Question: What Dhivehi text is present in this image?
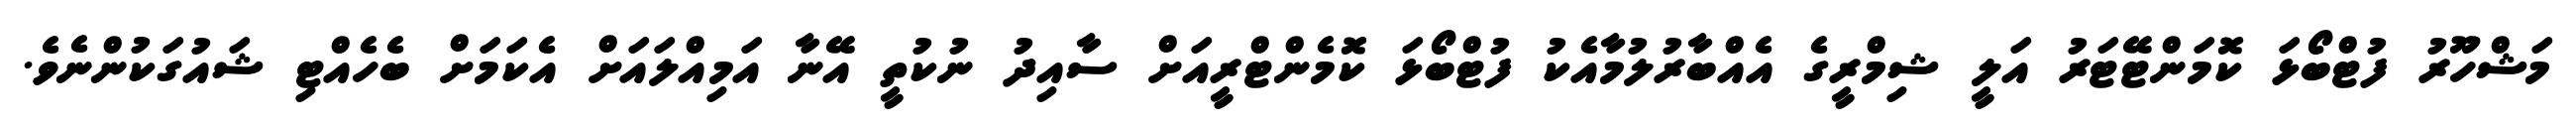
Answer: މަޝްހޫރު ފުޓްބޯޅަ ކޮމަންޓޭޓަރު އަލީ ޝިމްރީގެ އެއްބާރުލުމާއެކު ފުޓްބޯޅަ ކޮމެންޓްރީއަށް ސާއިދު ނުކުތީ އޭނާ އަމިއްލައަށް އެކަމަށް ބެހެއްޓި ޝައުގަކުންނެވެ.